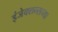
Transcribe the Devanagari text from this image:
इंजेक्शन्सच्या